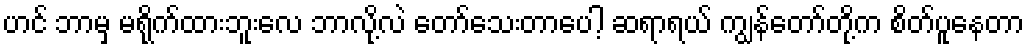
ဟင် ဘာမှ မရိုက်ထားဘူးလေ ဘာလို့လဲ တော်သေးတာပေါ့ ဆရာရယ် ကျွန်တော်တို့က စိတ်ပူနေတာ